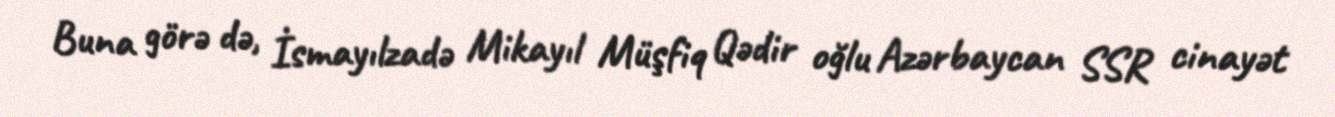
Buna görə də, İsmayılzadə Mikayıl Müşfiq Qədir oğlu Azərbaycan SSR cinayət